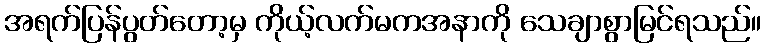
အရက်ပြန်ပွတ်တော့မှ ကိုယ့်လက်မကအနာကို သေချာစွာမြင်ရသည်။